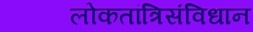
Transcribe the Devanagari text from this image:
लोकतांत्रिसंविधान